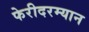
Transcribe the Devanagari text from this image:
फेरीदरम्यान